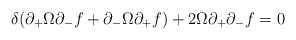
\begin{align*}\delta(\partial_+\Omega\partial_-f + \partial_-\Omega\partial_+f)+2\Omega\partial_+\partial_-f =0\end{align*}